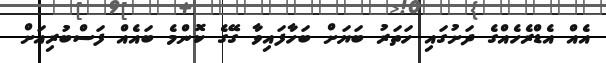
އެއް އެޑްރެހެއްގެ ދަށުގައި ހަތަރު ބަޔަށް ބަހާފައިވާ ގޭގެ ކޮންމެ ބައެއް ފަސްބުރިއަށް